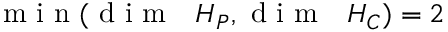
\mathrm { ~ m ~ i ~ n ~ } ( \mathrm { ~ d ~ i ~ m ~ ~ ~ } H _ { P } , \mathrm { ~ d ~ i ~ m ~ ~ ~ } H _ { C } ) = 2